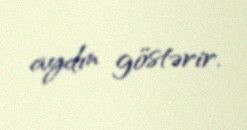
aydın göstərir.